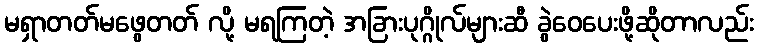
မရှာတတ်မဖွေတတ် လို့ မရကြတဲ့ အခြားပုဂ္ဂိုလ်များဆီ ခွဲဝေပေးဖို့ဆိုတာလည်း